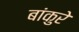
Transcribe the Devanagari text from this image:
बांकुरे